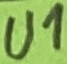
Text: U1